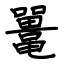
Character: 鼍